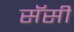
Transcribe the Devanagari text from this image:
सॅसी